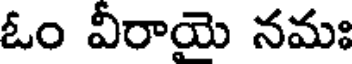
ఓం వీరాయై నమః